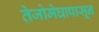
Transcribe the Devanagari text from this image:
तेजोमेघापासून